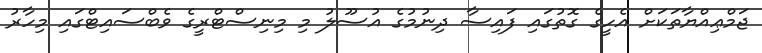
ޖަމްޢިއްޔާތަކަށް އެހީގެ ގޮތުގައި ފައިސާ ދިނުމުގެ އުސޫލު މި މިނިސްޓްރީގެ ވެބްސައިޓްގައި މިހާރު